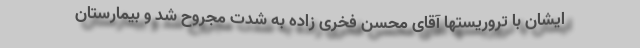
ایشان با تروریستها آقای محسن فخری زاده به شدت مجروح شد و بیمارستان